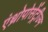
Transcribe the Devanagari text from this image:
एंथ्रोपोसेंट्रीज्म